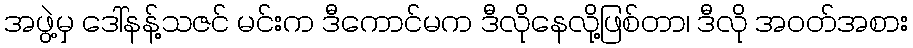
အဖွဲ့မှ ဒေါ်နန့်သဇင် မင်းက ဒီကောင်မက ဒီလိုနေလို့ဖြစ်တာ၊ ဒီလို အဝတ်အစား